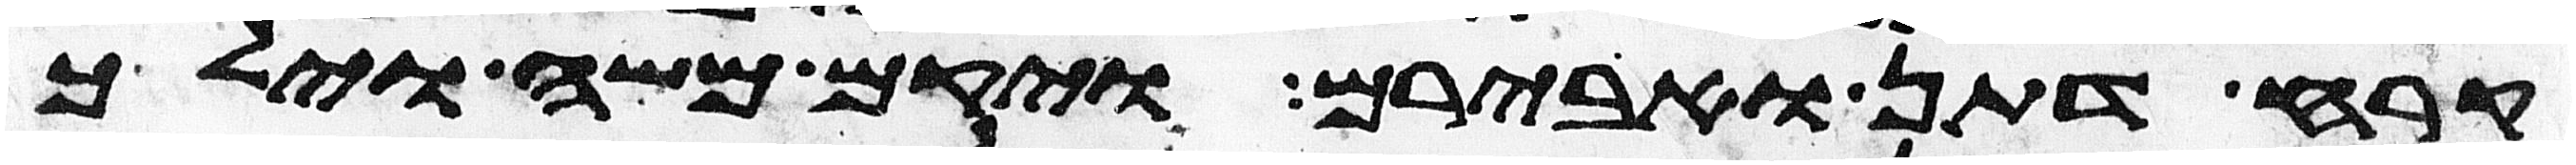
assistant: קרח דתן ואבירם ויקם משה וילך